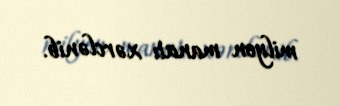
milyon manatı xərclənib.